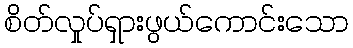
စိတ်လှုပ်ရှားဖွယ်ကောင်းသော